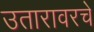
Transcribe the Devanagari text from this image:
उतारावरचे